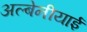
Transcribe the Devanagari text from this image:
अल्बेनीयाई